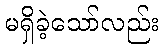
မရှိခဲ့သော်လည်း